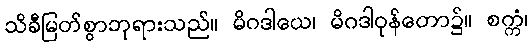
သိခီမြတ်စွာဘုရားသည်။ မိဂဒါယေ၊ မိဂဒါဝုန်တော၌။ စက္ကံ၊